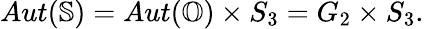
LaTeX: \begin{array}{r}{Aut(\mathbb{S})=Aut(\mathbb{O})\times S_{3}=G_{2}\times S_{3}.}\end{array}